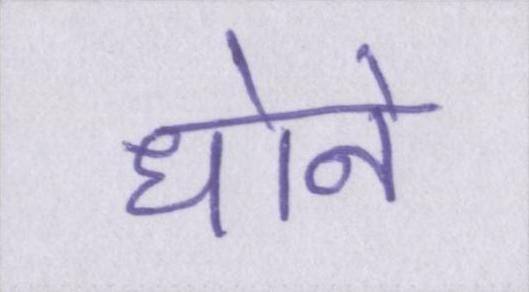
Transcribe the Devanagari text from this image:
धोने